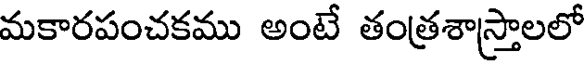
మకారపంచకము అంటే తంత్రశాస్త్రాలలో